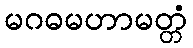
မဂဓမဟာမတ္တံ